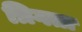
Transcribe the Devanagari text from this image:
त्रिगता